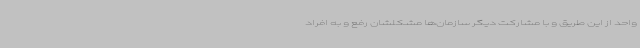
واحد از این طریق و با مشارکت دیگر سازمان‌ها مشکلشان رفع و به افراد